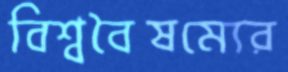
বিশ্ববৈষম্যের